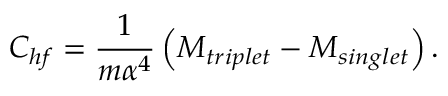
C _ { h f } = \frac { 1 } { m \alpha ^ { 4 } } \left( M _ { t r i p l e t } - M _ { s i n g l e t } \right) .